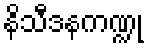
နိသီဒနကဏ္ဍု